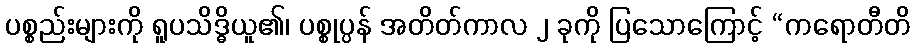
ပစ္စည်းများကို ရူပသိဒ္ဓိယူ၏၊ ပစ္စုပ္ပန် အတိတ်ကာလ ၂ ခုကို ပြသောကြောင့် “ကရောတီတိ